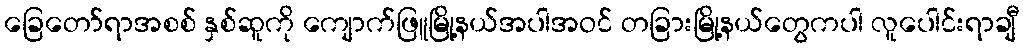
ခြေတော်ရာအစစ် နှစ်ဆူကို ကျောက်ဖြူမြို့နယ်အပါအဝင် တခြားမြို့နယ်တွေကပါ လူပေါင်းရာချီ